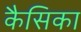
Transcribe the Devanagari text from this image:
कैसिका